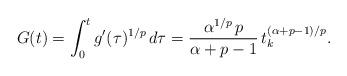
LaTeX: \begin{align*}G(t) = \int_0^t g'(\tau)^{1/p}\, d\tau = \frac{\alpha^{1/p}\, p}{\alpha + p - 1}\, t_k^{(\alpha + p - 1)/p}.\end{align*}